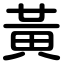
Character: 黃